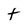
Character: t